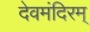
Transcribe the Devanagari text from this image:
देवमंदिरम्